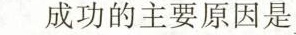
成功的主要原因是。